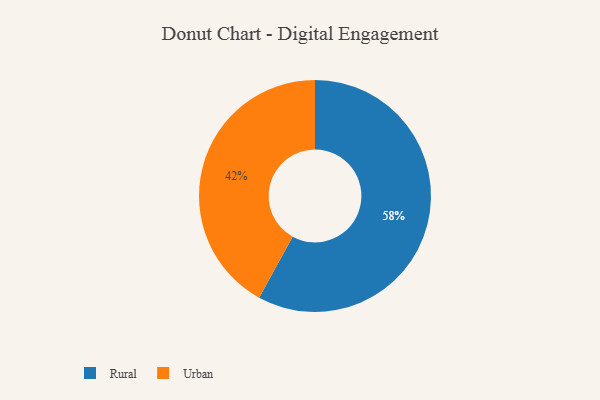
{"axis": {"x": "Category", "y": "Percentage"}, "legend": ["Rural", "Urban"], "data": [{"x": "Rural", "y": 58, "type": "Rural"}, {"x": "Urban", "y": 42, "type": "Urban"}]}